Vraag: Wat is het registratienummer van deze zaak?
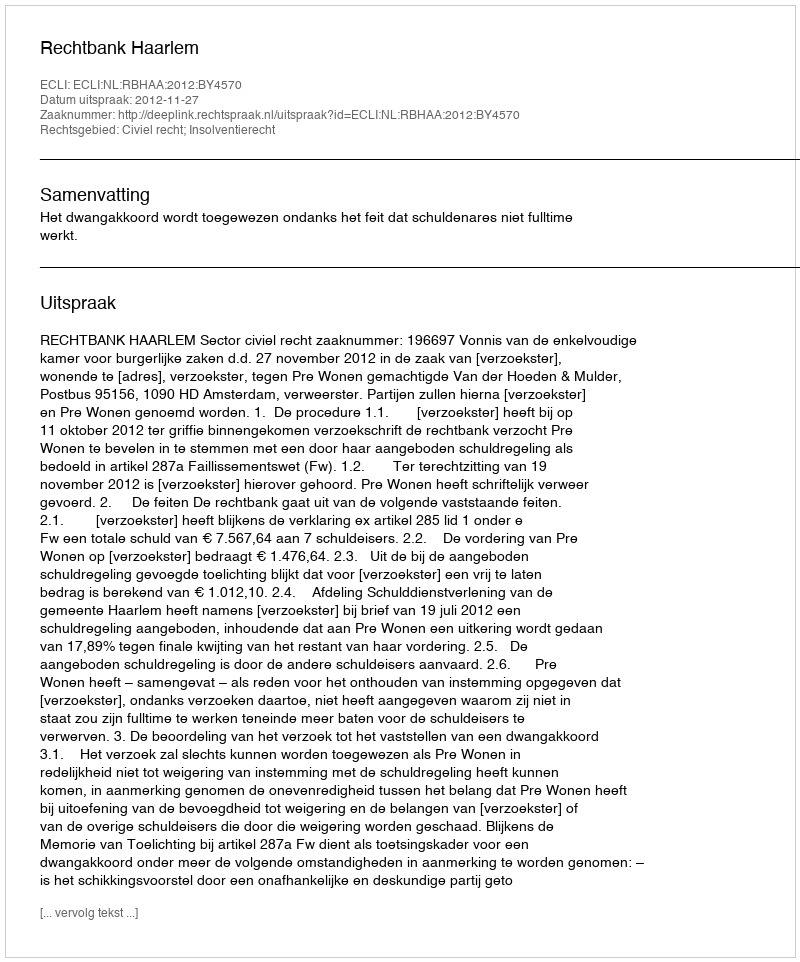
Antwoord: http://deeplink.rechtspraak.nl/uitspraak?id=ECLI:NL:RBHAA:2012:BY4570